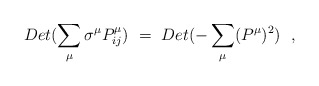
\begin{align*}Det (\sum_{\mu} \sigma^{\mu} P^{\mu}_{ij}) ~=~Det (- \sum_{\mu} (P^{\mu})^2)~~, \end{align*}